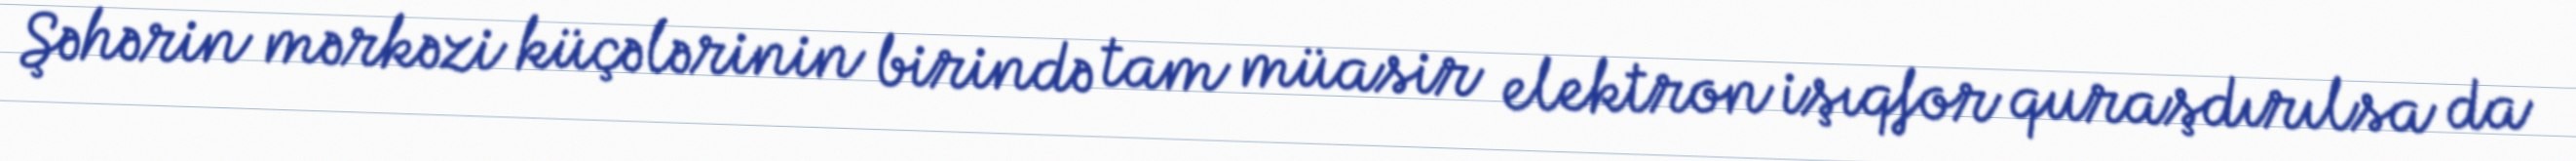
Şəhərin mərkəzi küçələrinin birində tam müasir elektron işıqfor quraşdırılsa da